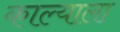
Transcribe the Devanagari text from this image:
काल्याला